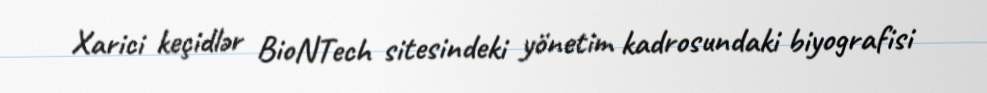
Xarici keçidlər BioNTech sitesindeki yönetim kadrosundaki biyografisi